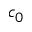
c _ { 0 }